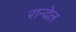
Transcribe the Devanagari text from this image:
रान्देल